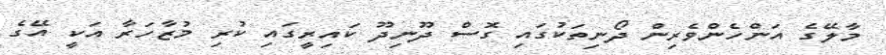
މާލޭގެ އަންހެންވެރިން ދޯނިތަކުގައި ގޮސް ދޫނިދޫ ކައިރީގައި ކުރި މުޒާހަރާ އަކީ އޭގެ